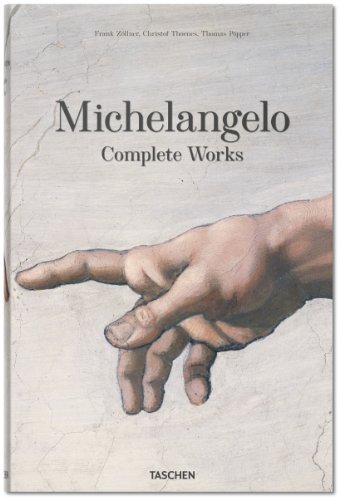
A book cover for Michelangelo: Complete Works; Arts & Photography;